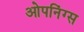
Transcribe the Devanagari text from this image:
ओपनिंग्स